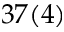
3 7 ( 4 )